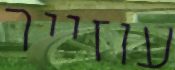
עוזייר